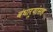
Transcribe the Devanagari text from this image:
बंधार्‍यांसह